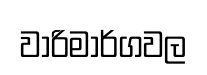
වාරිමාර්ගවල